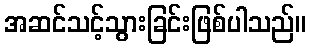
အဆင်သင့်သွားခြင်းဖြစ်ပါသည်။